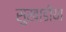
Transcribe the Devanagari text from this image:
सुखाडीया